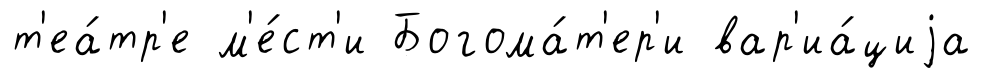
т'еа́тр'е м'е́ст'и Богома́т'ер'и вар'иа́циjа